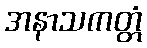
အနာသကတ္တံ